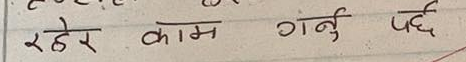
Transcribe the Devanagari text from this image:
रहेर काम गर्नु पर्छ